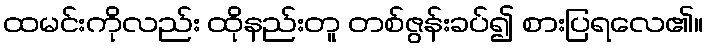
ထမင်းကိုလည်း ထိုနည်းတူ တစ်ဇွန်းခပ်၍ စားပြရလေ၏။